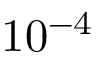
1 0 ^ { - 4 }